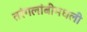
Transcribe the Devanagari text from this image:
तरंगलांबीमधली